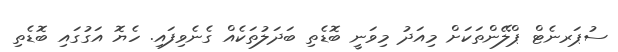
ސުޕަރނެޓް ޕްލޭންތަކަށް މިއަދު މިވަނީ ބޮޑެތި ބަދަލުތަކެއް ގެނެވިފައި. ހެޔޮ އަގުގައި ބޮޑެތި